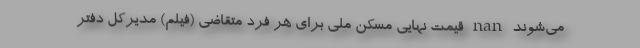
می‌شوند nan قیمت نهایی مسکن ملی برای هر فرد متقاضی (فیلم) مدیرکل دفتر